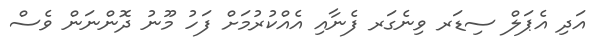
އަދި އެޕަލް ސިޑަރ ވިނެގަރ ފެނާއި އެއްކުރުމަށް ފަހު މޫނު ދޮންނަން ވެސް